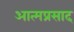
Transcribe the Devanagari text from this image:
आत्मप्रसाद